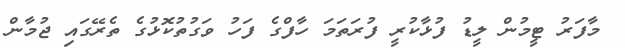
މާފަރު ޓީމުން ލީޑު ފުޅާކުރީ ފުރަތަމަ ހާފްގެ ފަހު ވަގުތުކޮޅުގެ ތެރޭގައި ޖުމާން